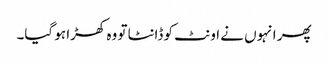
پھر انہوں نے اونٹ کو ڈانٹا تو وہ کھڑا ہو گیا۔